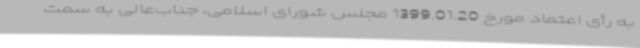
به رأی اعتماد مورخ 1399.01.20 مجلس شورای اسلامی، جناب‌عالی به سمت